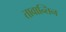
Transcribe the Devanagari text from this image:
तावान्तिन